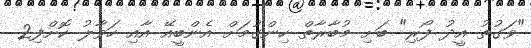
"ވަގުތު އީދު ފޯރި" ބަށި މުބާރާތް ހިންގުމަށް އެންބީއޭ އާއި ހަވާލު ކޮށްފި2